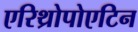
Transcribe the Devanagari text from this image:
एरिथ्रोपोएटिन